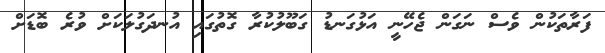
ފަރާތަކުން ވެސް ނަގަން ޖެހޭނީ އަޅުގަނޑު ގަބޫލުކުރާ ގޮތުގައި އުނދަގުލަކަށް ވުރެ ބޮޑަށް